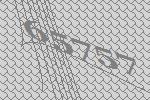
65757